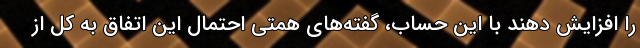
را افزایش دهند با این حساب، گفته‌های همتی احتمال این اتفاق به کل از